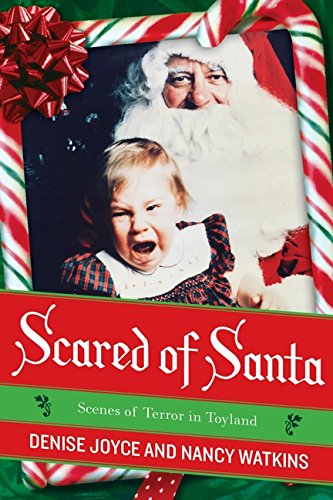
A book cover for Scared of Santa: Scenes of Terror in Toyland; Denise Joyce; Arts & Photography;